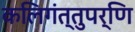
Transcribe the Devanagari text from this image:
कलिगंत्तुपर्णि